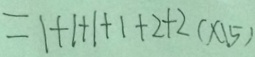
= 1 + 1 + 1 + 1 + 2 + 2 ( x 1 5 )